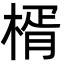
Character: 楈